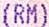
(RM)